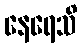
နေရေသိ